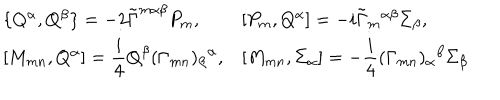
LaTeX: \begin{array} { l l } { { \{ Q ^ { \alpha } , Q ^ { \beta } \} = - 2 \tilde { \Gamma } ^ { m \alpha \beta } P _ { m } , } } & { { [ P _ { m } , Q ^ { \alpha } ] = - i \tilde { \Gamma } _ { m } { } ^ { \alpha \beta } \Sigma _ { \beta } , } } \\ { { { } [ M _ { m n } , Q ^ { \alpha } ] = \displaystyle \frac i 4 Q ^ { \beta } ( \Gamma _ { m n } ) _ { \beta } { } ^ { \alpha } , } } & { { [ M _ { m n } , \Sigma _ { \alpha } ] = - \displaystyle \frac i 4 ( \Gamma _ { m n } ) _ { \alpha } { } ^ { \beta } \Sigma _ { \beta } } } \\ \end{array}